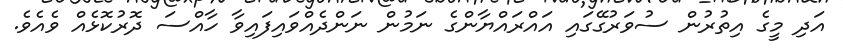
އަދި މީގެ އިތުރުން ސުވަރުގޭގައި އައްރައްޔާންގެ ނަމުން ނަންދެއްވައިފައިވާ ހާއްސަ ދޮރުކޮޅެއް ވެއެވެ.